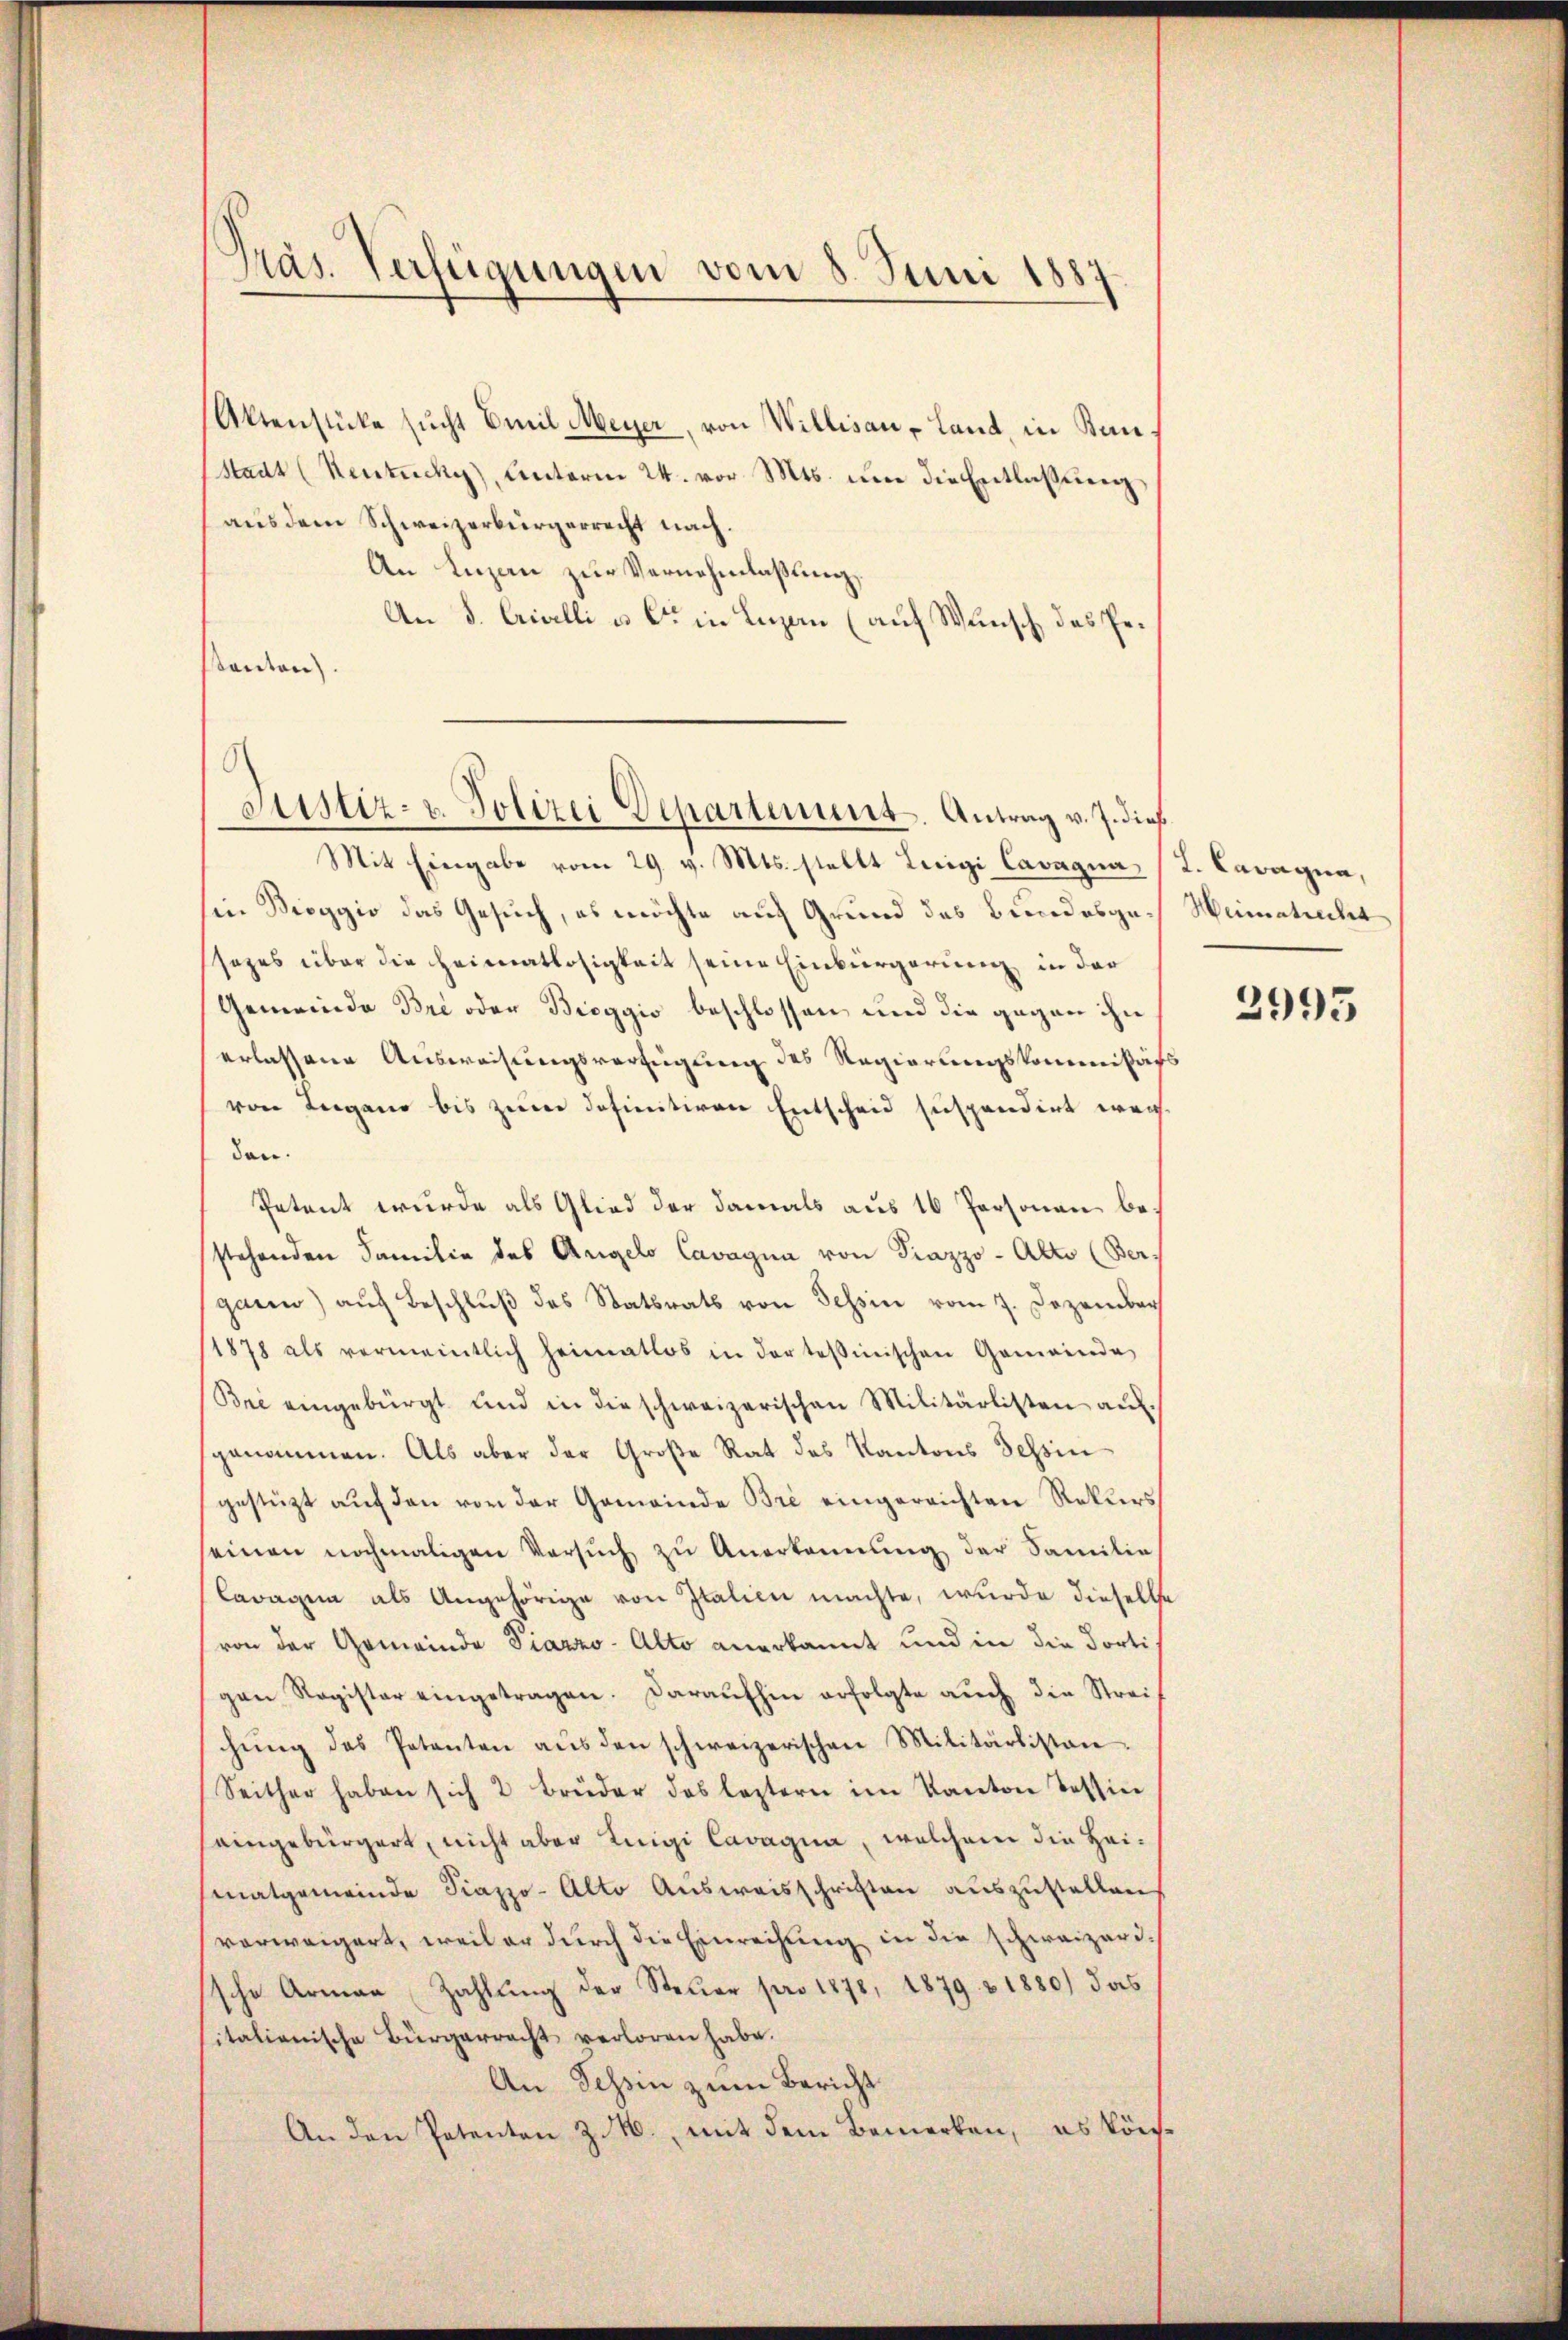
Präs. Verfügungen vom 8. Juni 1887

Aktenstücke sucht Emil Meyer, von Willisau - Land, in Ban
(Stadt (Kentucky), Unterm 24. vor. Mts. um die Entlaßung
aus dem Schweizerbürgerrecht nach.
An Luzan zur Vernehmlaßung,
An S. Crivelli u. C in Luzen (auf Wunsch, das Pestandern.

Justiz- u. Polizei Departement. Antrag v. J. dies

Mit Eingabe vom 29. v. Mts. stellt Luigi Cavagna (L. Caragna,
sin Breggio das Gesuch, es möchte auf Grund des Bundesge-Weimatuchet
ssezes über die Heimatlosigkeit seine Einbürgerung in der
Gemeinde Bre oder Bieggio beschlossen und die gegen ihn
erlassene Ausweisungsverfügung des Regierungskommißärs
von Lugano bis zum definitiven Entscheid suspendirt werden.
Petent wurde als Glied der damals aus 16 Personen bestehenden Familie des Angelo Cavagia von Piazzo-Alto (Bergann) auf Beschlŭβ des Statsrats von Tessin vom 7. Dezember
11878 als vermeintlich heimatlos in der tessinischen Gemeinde
Bri eingebürgt und in die schweizerischen Militärlisten aŭf
genommen. Als aber der Große Rat des Kantons Tessin
gestützt aŭf den von der Gemeinde Bre eingereichten Rekurs
einen nochmaligen Versŭch zŭ Anerkennung der Familie
Caragen als Angehörige von Italien machte, wurde dieselbe
von der Gemeinde Piazzo-Alto anerkannt und in die dortigen Register eingetragen. Daraufhin erfolgte auch die Streichŭng des Petenten aŭs den schweizerischen Militärlisten.
Seither haben sich 2 Brüder das leztern im Kanton Tessin
seingebürgert, nicht aber Luigi Cavagia, welchem die Heimatgemeinde Piazzo-Alto Ausweisschriften auszustellen
vorweigert, weil er durch die Einreihung in die schweizerissche Armen Zahlŭng der Steuer pro 1878, 1879 & 1880) das
italienische Bürgerracht verloren habe.
An Tessin zum Bericht
An den Petenten Z. M., mit dem Bemerken, es kön¬

2995